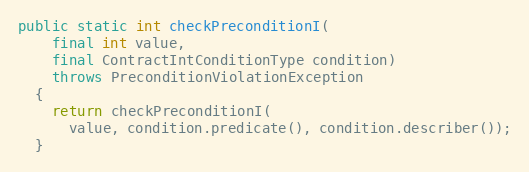
Language: Java
public static int checkPreconditionI(
    final int value,
    final ContractIntConditionType condition)
    throws PreconditionViolationException
  {
    return checkPreconditionI(
      value, condition.predicate(), condition.describer());
  }